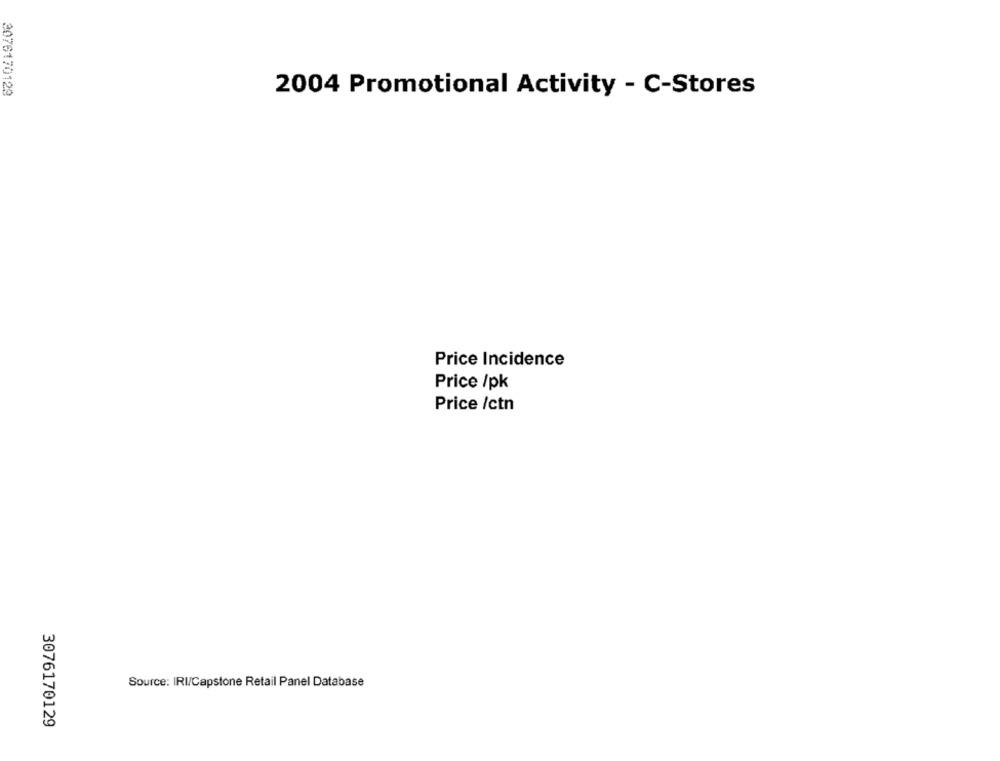
2076170129
2004 Promotional Activity - C-Stores
Price Incidence
Price /pk
Price /ctn
Source: IRI/Capstone Retail Panel Database
3076170129